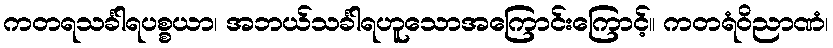
ကတရသင်္ခါရပစ္စယာ၊ အဘယ်သင်္ခါရဟူသောအကြောင်းကြောင့်။ ကတရံဝိညာဏံ၊